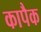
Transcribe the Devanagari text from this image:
कापैक